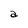
Character: a